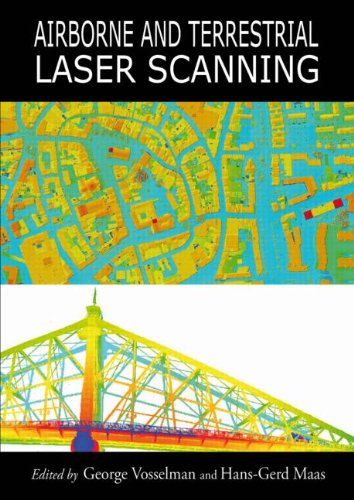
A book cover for Airborne and Terrestrial Laser Scanning; Science & Math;